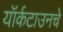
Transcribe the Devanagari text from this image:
यॉर्कटाउनचे